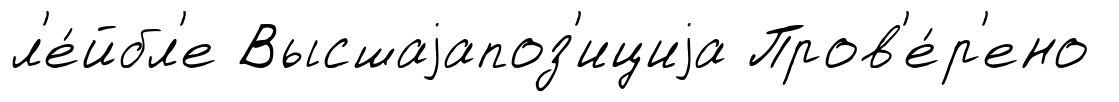
л'е́йбл'е Высшаjапоз'ициjа Пров'е́р'ено